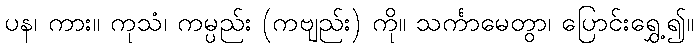
ပန၊ ကား။ ကုသံ၊ ကမ္ပည်း (ကဗျည်း) ကို။ သင်္ကာမေတွာ၊ ပြောင်းရွှေ့၍။